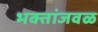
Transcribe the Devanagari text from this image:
भक्तांजवळ